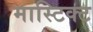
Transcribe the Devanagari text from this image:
मास्टिक्ट